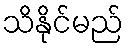
သိနိုင်မည်